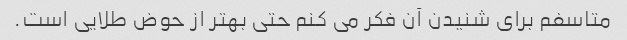
متاسفم برای شنیدن آن فکر می کنم حتی بهتر از حوض طلایی است.